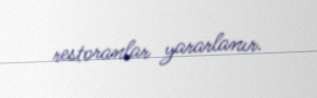
restoranlar yararlanır.